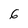
Character: 6